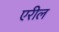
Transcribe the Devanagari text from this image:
एरील